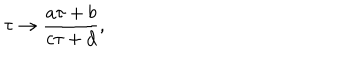
{ \tau \to { \frac { a \tau + b } { c \tau + d } } , }